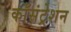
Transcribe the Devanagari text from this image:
काँसंट्रेशन